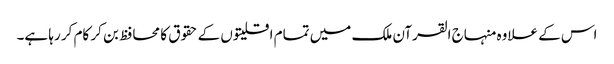
اس کے علاوہ منہاج القرآن ملک میں تمام اقلیتوں کے حقوق کا محافظ بن کر کام کر رہا ہے۔